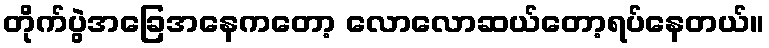
တိုက်ပွဲအခြေအနေကတော့ လောလောဆယ်တော့ရပ်နေတယ်။